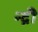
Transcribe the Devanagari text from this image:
न्द्री